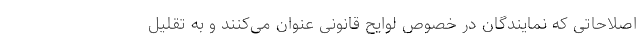
اصلاحاتی که نمایندگان در خصوص لوایح قانونی عنوان می‌کنند و به تقلیل